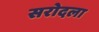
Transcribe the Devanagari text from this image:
सरोदला